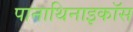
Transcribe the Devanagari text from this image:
पानाथिनाइकॉस